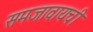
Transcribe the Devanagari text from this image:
समजावायची